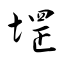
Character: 堽